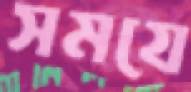
সমযে